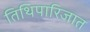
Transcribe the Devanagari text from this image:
तिथिपारिजात